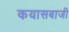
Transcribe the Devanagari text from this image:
कयासबाजी